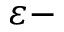
\varepsilon -